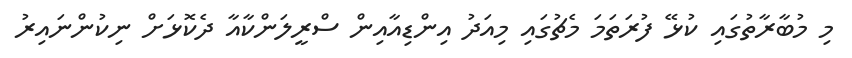
މި މުބާރާތުގައި ކުޅޭ ފުރަތަމަ މެޗުގައި މިއަދު އިންޑިއާއިން ސްރީލަންކާއާ ދެކޮޅަށް ނިކުންނައިރު